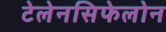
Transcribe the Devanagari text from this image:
टेलेनसिफेलोन